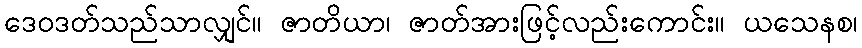
ဒေဝဒတ်သည်သာလျှင်။ ဇာတိယာ၊ ဇာတ်အားဖြင့်လည်းကောင်း။ ယသေနစ၊